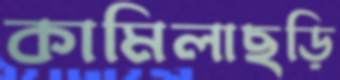
কামিলাছড়ি